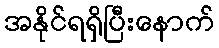
အနိုင်ရရှိပြီးနောက်